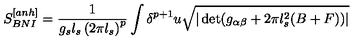
S _ { B N I } ^ { [ a n h ] } = \frac { 1 } { g _ { s } l _ { s } \left( 2 \pi l _ { s } \right) ^ { p } } \int \delta ^ { p + 1 } u \sqrt { | \det ( g _ { \alpha \beta } + 2 \pi l _ { s } ^ { 2 } ( B + F ) ) | }